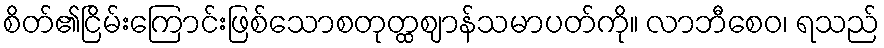
စိတ်၏ငြိမ်းကြောင်းဖြစ်သောစတုတ္ထဈာန်သမာပတ်ကို။ လာဘီစေဝ၊ ရသည်